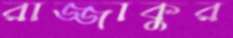
রাজ্জাকুর